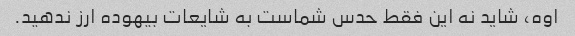
اوه، شاید نه این فقط حدس شماست به شایعات بیهوده ارز ندهید.